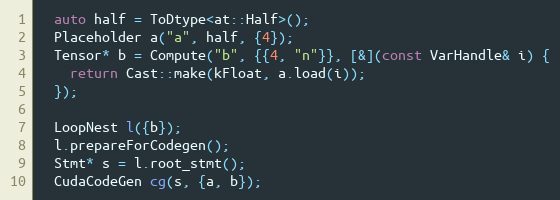
Language: C++
  auto half = ToDtype<at::Half>();
  Placeholder a("a", half, {4});
  Tensor* b = Compute("b", {{4, "n"}}, [&](const VarHandle& i) {
    return Cast::make(kFloat, a.load(i));
  });

  LoopNest l({b});
  l.prepareForCodegen();
  Stmt* s = l.root_stmt();
  CudaCodeGen cg(s, {a, b});